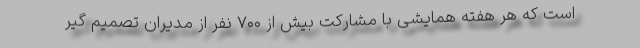
است که هر هفته همایشی با مشارکت بیش از ۷۰۰ نفر از مدیران تصمیم گیر